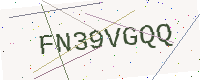
Text: FN39VGQQ